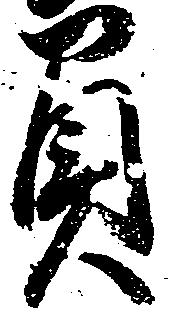
負